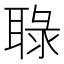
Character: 䎼